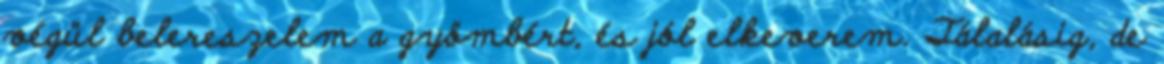
végül belereszelem a gyömbért, és jól elkeverem. Tálalásig, de